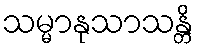
သမ္မာနုသာသန္တိ